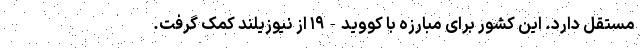
مستقل دارد. این کشور برای مبارزه با کووید-۱۹ از نیوزیلند کمک گرفت.